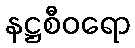
နဋ္ဌစီဝရော